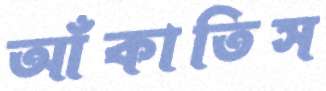
আঁকাতিস